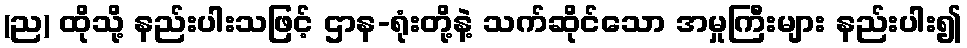
(ည) ထိုသို့ နည်းပါးသဖြင့် ဌာန-ရုံးတို့နဲ့ သက်ဆိုင်သော အမှုကြီးများ နည်းပါး၍